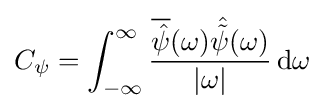
C_{\psi }=\int _{-\infty }^{\infty }{\frac {{\overline {\hat {\psi }}}(\omega ){\hat {\tilde {\psi }}}(\omega )}{|\omega |}}\,\mathrm {d} \omega